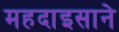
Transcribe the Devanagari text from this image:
महदाइसाने